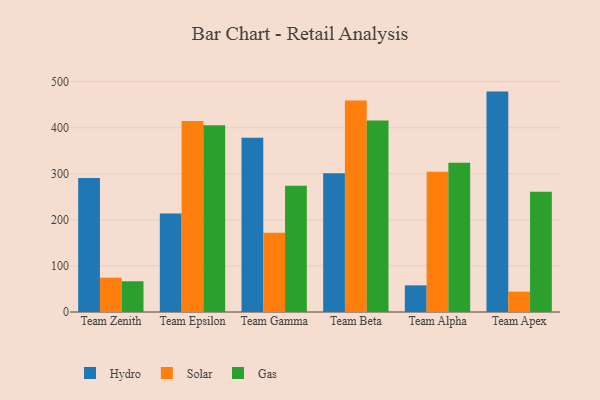
{"axis": {"x": "Team", "y": "Budget (USD K)"}, "legend": ["Gas", "Hydro", "Solar"], "data": [{"x": "Team Zenith", "y": 291.1, "type": "Hydro"}, {"x": "Team Zenith", "y": 74.4, "type": "Solar"}, {"x": "Team Zenith", "y": 66.7, "type": "Gas"}, {"x": "Team Epsilon", "y": 213.7, "type": "Hydro"}, {"x": "Team Epsilon", "y": 414.6, "type": "Solar"}, {"x": "Team Epsilon", "y": 405.2, "type": "Gas"}, {"x": "Team Gamma", "y": 378.3, "type": "Hydro"}, {"x": "Team Gamma", "y": 172.0, "type": "Solar"}, {"x": "Team Gamma", "y": 274.0, "type": "Gas"}, {"x": "Team Beta", "y": 300.9, "type": "Hydro"}, {"x": "Team Beta", "y": 458.9, "type": "Solar"}, {"x": "Team Beta", "y": 415.4, "type": "Gas"}, {"x": "Team Alpha", "y": 57.8, "type": "Hydro"}, {"x": "Team Alpha", "y": 304.6, "type": "Solar"}, {"x": "Team Alpha", "y": 324.0, "type": "Gas"}, {"x": "Team Apex", "y": 478.4, "type": "Hydro"}, {"x": "Team Apex", "y": 44.2, "type": "Solar"}, {"x": "Team Apex", "y": 260.8, "type": "Gas"}]}